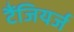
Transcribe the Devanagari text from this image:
टैंजियर्ज